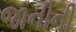
જાનીની